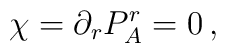
\chi =\partial _{r}P_{A}^{r}=0\,,